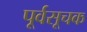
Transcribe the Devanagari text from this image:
पूर्वसूचक